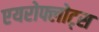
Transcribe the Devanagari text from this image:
एयरोफ्लोट्स